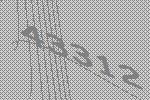
43312